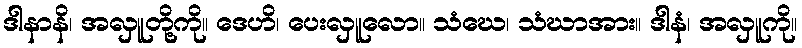
ဒါနာနိ၊ အလှူတို့ကို။ ဒေဟိ၊ ပေးလှူလော။ သံဃေ၊ သံဃာအား။ ဒါနံ၊ အလှူကို။